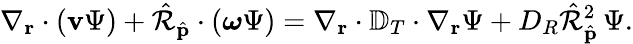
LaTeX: {\nabla}_{\mathbf{r}}\cdot\left(\mathbf{v}\Psi\right)+\hat{\mathcal R}_{\hat{\mathbf p}}\cdot\left(\boldsymbol{\omega}\Psi\right)=\nabla_{\mathbf{r}}\cdot{\mathbb D}_{T}\cdot\nabla_{\mathbf{r}}\Psi+D_{R}\hat{\mathcal R}_{\hat{\mathbf p}}^{2}\, \Psi.